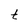
Character: t